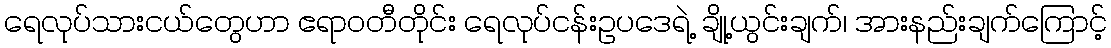
ရေလုပ်သားငယ်တွေဟာ ဧရာဝတီတိုင်း ရေလုပ်ငန်းဥပဒေရဲ့ ချို့ယွင်းချက်၊ အားနည်းချက်ကြောင့်